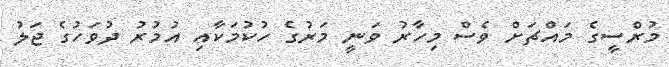
މުރްސީގެ މައްޗަށް ވެސް މިހާރު ވަނީ މަރުގެ ހުކުމަކާއި އުމުރު ދުވަހުގެ ޖަލު